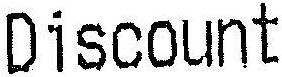
DISCOUNT